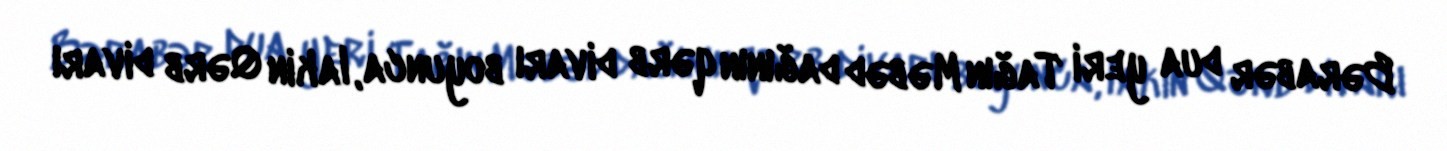
Bərabər dua yeri Tağın Məbəd dağının qərb divarı boyunca, lakin Qərb divarı